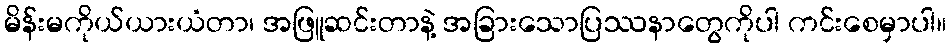
မိန်းမကိုယ်ယားယံတာ၊ အဖြူဆင်းတာနဲ့ အခြားသောပြဿနာတွေကိုပါ ကင်းစေမှာပါ။